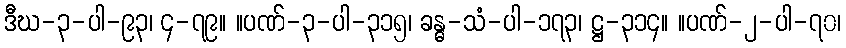
ဒီဃ-၃-ပါ-၉၃၊ ၄-၇၉။ ။ပဏ်-၃-ပါ-၃၁၅၊ ခန္ဓ-သံ-ပါ-၁၇၃၊ ဋ္ဌ-၃၁၄။ ။ပဏ်-၂-ပါ-၇၀၊